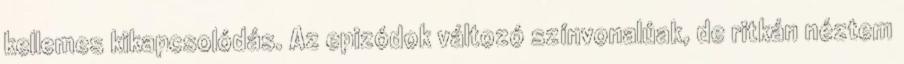
kellemes kikapcsolódás. Az epizódok változó színvonalúak, de ritkán néztem